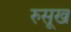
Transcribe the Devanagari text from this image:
रुसूख